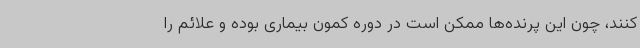
کنند، چون این پرنده‌ها ممکن است در دوره کمون بیماری بوده و علائم را